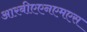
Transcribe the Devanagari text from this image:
आरबीएएनएमएस